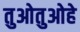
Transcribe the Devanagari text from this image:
तुओतुओहे